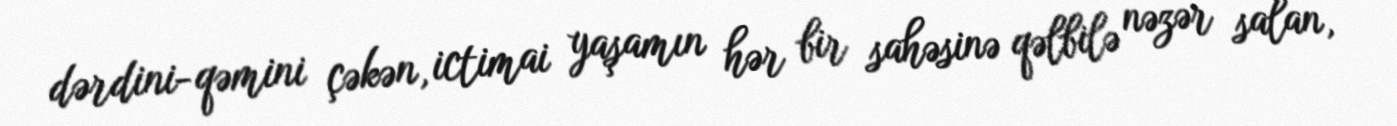
dərdini-qəmini çəkən, ictimai yaşamın hər bir sahəsinə qəlbilə nəzər salan,